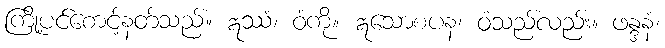
ကြို့ပင်စောင့်နတ်သည်။ ဣဿံ၊ ဝံကို။ ဣသောစပန၊ ဝံသည်လည်း။ ဖန္ဒနံ၊